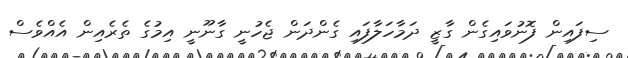
ސިފައިން ފޮނުވައިގެން ގާޒީ ދަމާހަލާފައި ގެންދަން ޖެހުނީ ގާނޫނީ އިމުގެ ތެރެއިން އެއްވެސް